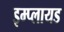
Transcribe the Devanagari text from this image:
इम्प्लायड